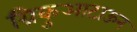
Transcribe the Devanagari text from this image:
ग्रिकुआटाऊन